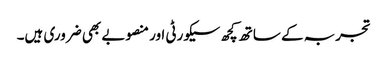
تجربہ کے ساتھ کچھ سیکورٹی اور منصوبے بھی ضروری ہیں۔